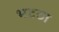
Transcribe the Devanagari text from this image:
भटठा